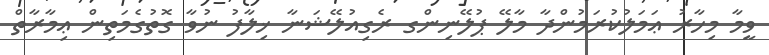
ވީމާ މިހާރު ޢަމަލުކުރަމުންދާ މާލޭ ޕުލޭނިންގ ރެގިއުލޭޝަނާ ޚިލާފު ނުވާ ގޮތުގެމަތިން ޢިމާރާތް